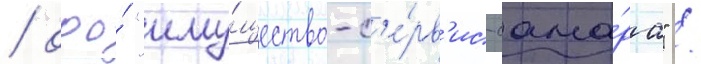
/ ооо́ "иму́щество-с'е́рв'ис-сама́ра" /